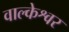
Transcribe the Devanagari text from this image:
वाल्केश्वर